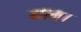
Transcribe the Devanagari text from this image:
माम्।